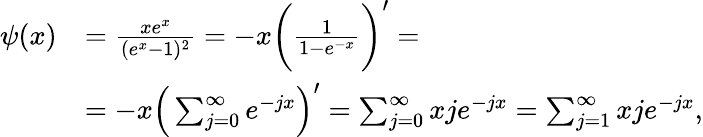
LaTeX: \begin{array}{rl}{\psi(x)}&{=\frac{xe^{x}}{(e^{x}-1)^{2}}=-x\bigg(\frac{1}{1-e^{-x}}\bigg)^{\prime}=}\\ &{=-x\Big(\sum_{j=0}^{\infty}e^{-jx}\Big)^{\prime}=\sum_{j=0}^{\infty}xje^{-jx}=\sum_{j=1}^{\infty}xje^{-jx},}\end{array}